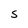
Character: S